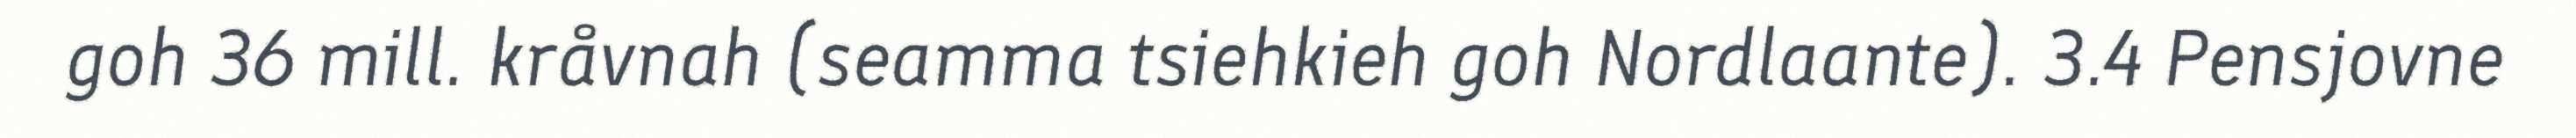
goh 36 mill. kråvnah (seamma tsiehkieh goh Nordlaante). 3.4 Pensjovne